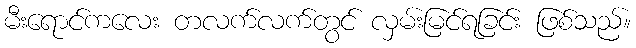
မီးရောင်ကလေး တလက်လက်တွင် လှမ်းမြင်ရခြင်း ဖြစ်သည်။